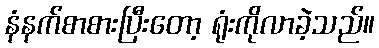
နံနက်စာစားပြီးတော့ ရုံးကိုလာခဲ့သည်။